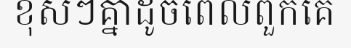
ខុសៗគ្នាដូចពេលពួកគេ